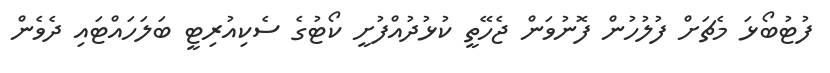
ފުޓުބޯޅަ މެޗަށް ފުލުހުން ފޮނުވަން ޖެހޭތީ ކުޅުދުއްފުށީ ކޯޓުގެ ސެކިއުރިޓީ ބަލަހައްޓައި ދެވެން